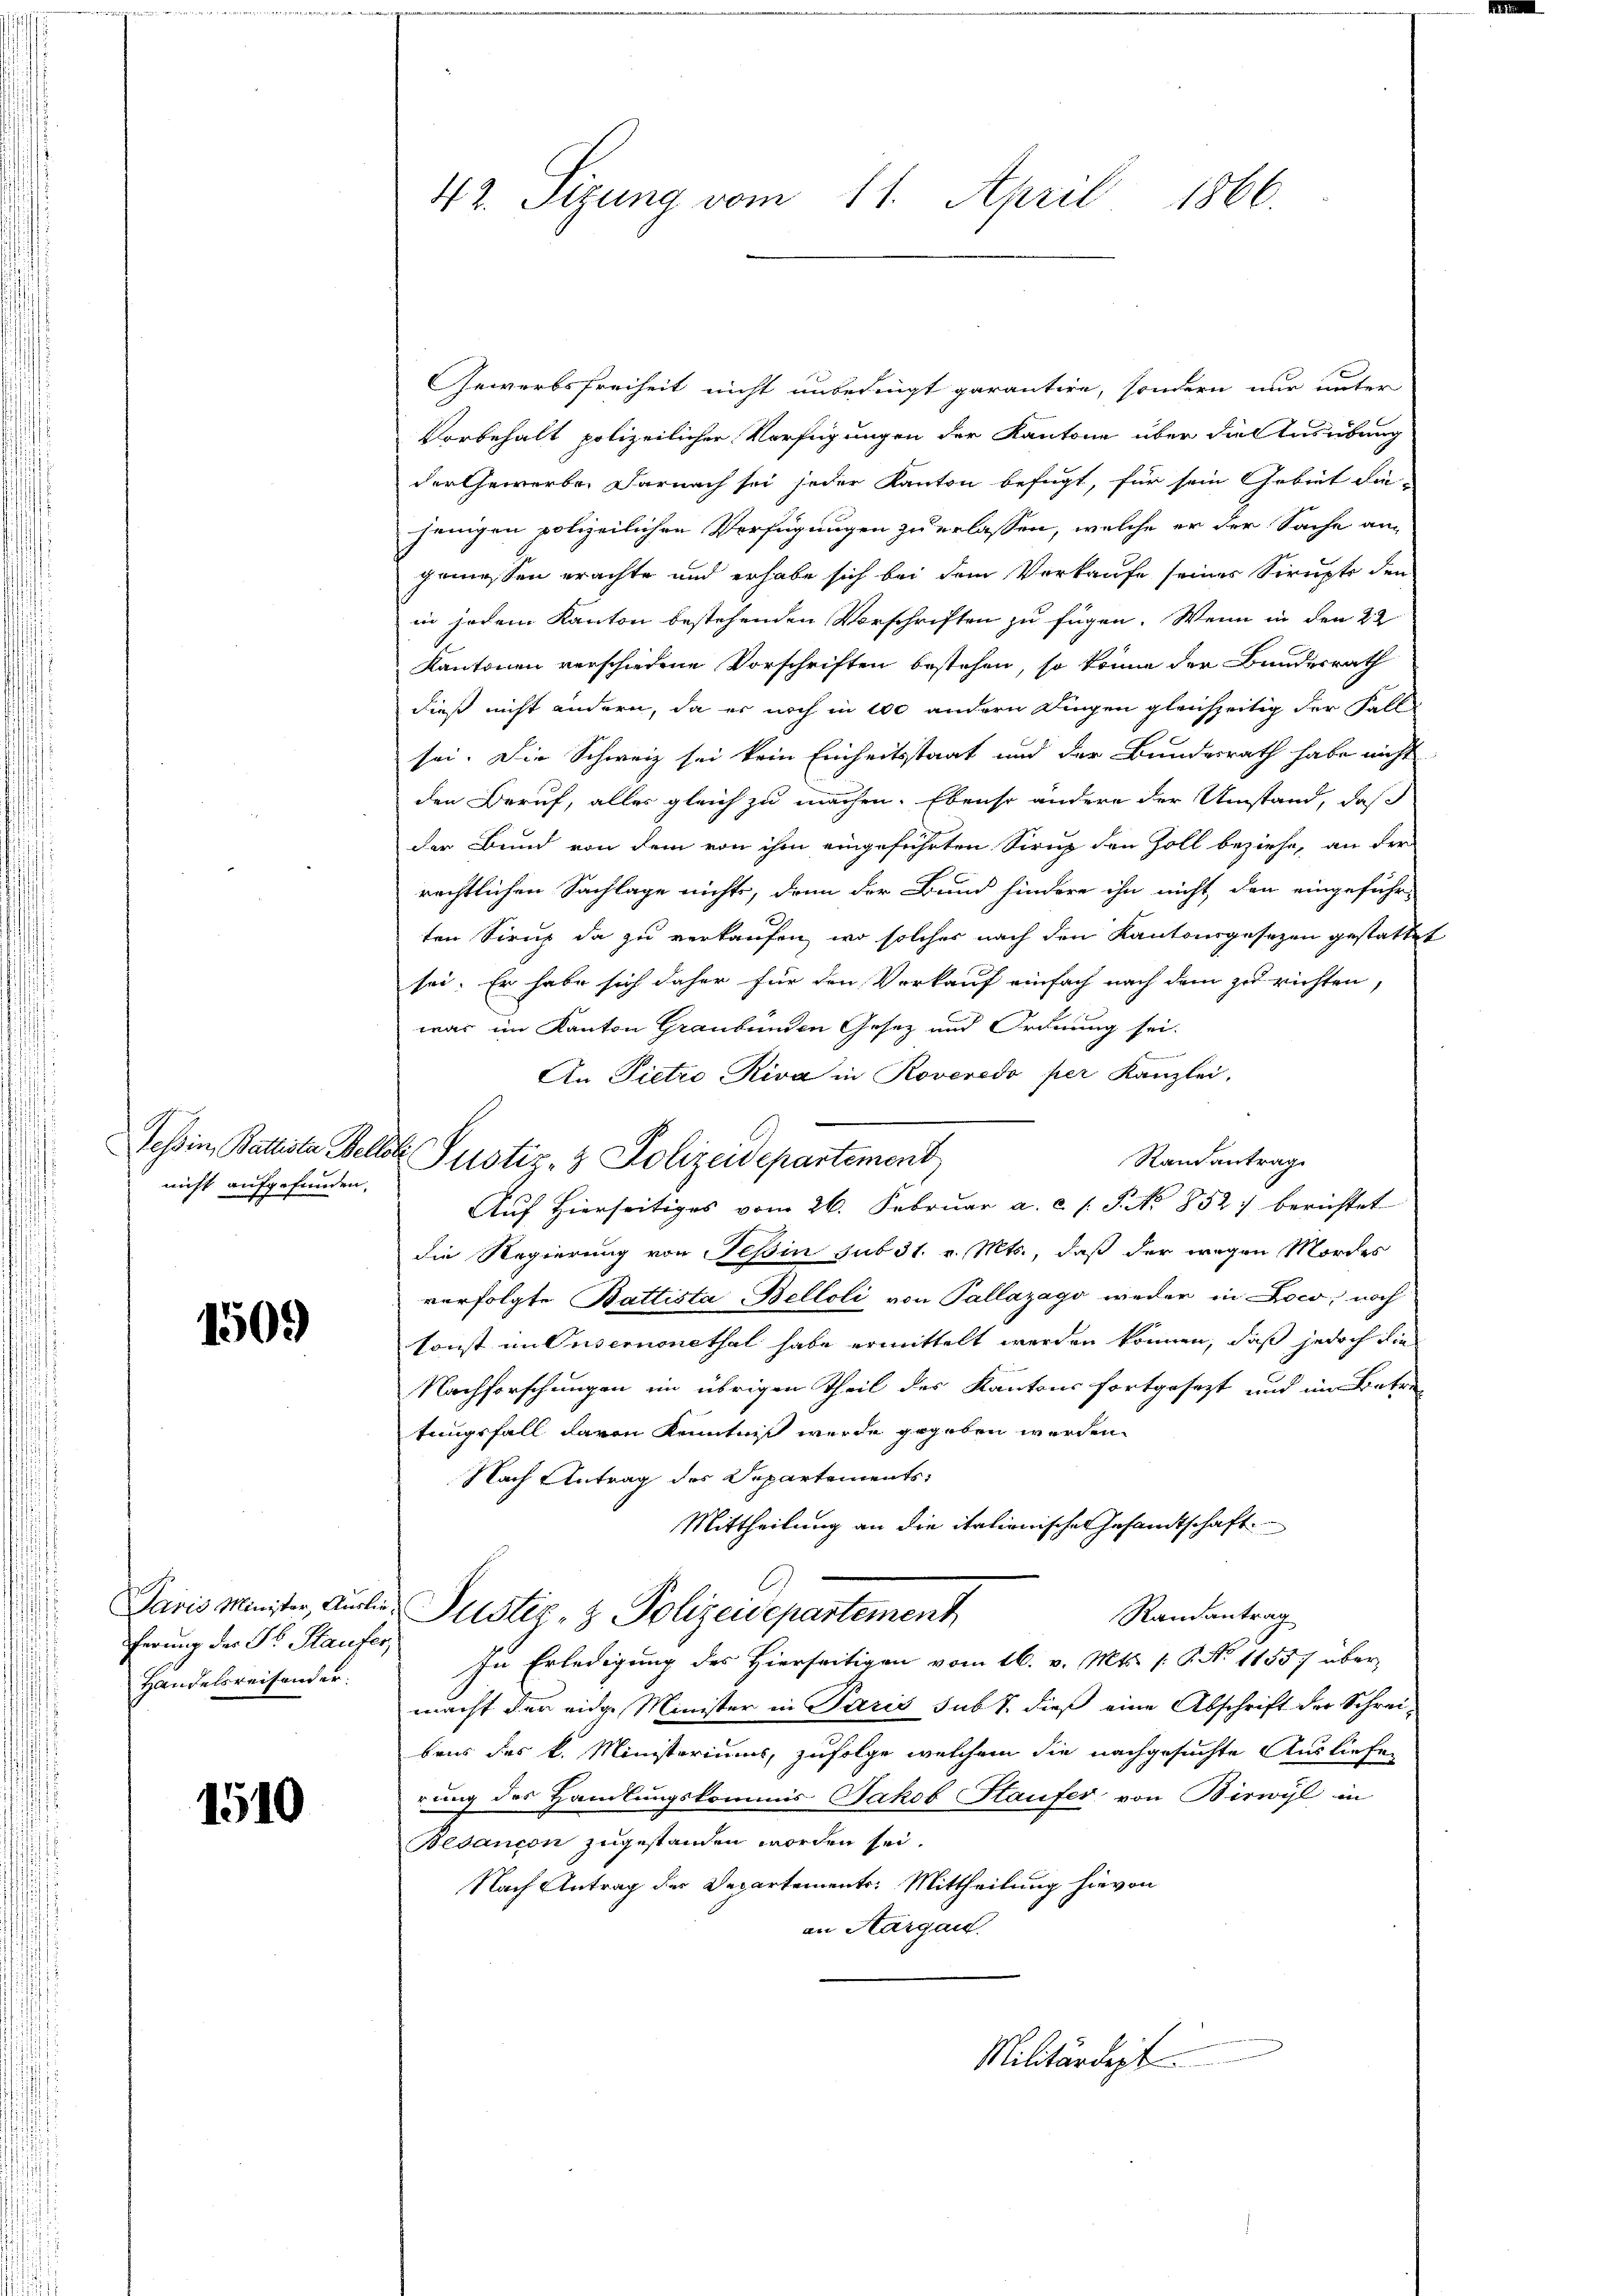
nicht aufgefunden.

1509)

ferung der Dr. Staufer,
Handelsreisender.

1510

42. Sizung vom 11. April 1866

Tessin, Batista Wellet Pustiz- & Polizeidepartement

Gewerbsfreiheit nicht unbedingt garantire, sondern nur unter
Vorbehalt polizeilicher Verfügungen der Kantone über die Ausübung
der Gewerbe. Darnach sei jeder Kanton befugt, für sein Gebiet die-
jenigen polizeilichen Verfügungen zu erlassen, welche er der Sache an
gemessen erachte und erhabe sich bei dem Verkaufe seines Scrupts den
in jedem Kanton bestehenden Vorschriften zu fügen. Wenn in den 22
Kantonen verschiedene Vorschriften bestehen, so könne der Bundesrath
dieß nicht andern, da er noch in 200 andern Dingen gleichzeitig der Fall
sei. Die Schweiz sei kein Einheitsstaat und der Bundesrath habe nicht
den Beruf, alles gleich zu machen. Ebenso andere der Umstand, daß
der Bund von dem von ihm eingeführten Sirup den Zoll beziehe, an der
rechtlichen Sachlage nichts, denn der Bund hindere ihn nicht, den eingeführ-
ten Sirup da zu verkaufen, wo solcher nach den Kantonsgesetzen gestattet
sei. Er habe sich daher für den Vorkauf einfach nach dem zu richten,
war im Kanton Graubünden Gesez und Ordnung sei.
An Pietro Riva in Roveredo per Kanzlei.
Randantrag
Auf Hierseitiges vom 26. Februar a. c. s. S. No 852) berichtet
die Regierung von Teßin sub 31. v. Mts., daß der wegen Mordes
verfolgte Battista, Belloli von Pallazago weder in Loco, noch
Sonst im Tusemnonethal habe ermittelt werden können, daß jedoch die
Nachforschungen im übrigen Theil des Kantons fortgesezt und im Betretungsfall davon Kenntniß wurde gegeben werden.
Nach Antrag des Departements:
Mittheilung an die italienischen Gesamtschaft
Paris Minister, Anilie Justiz- & Polizeidepartement
Randantrag
In Erledigung des Hierseitigen vom 16. v. Mts. (: P. Nr. 1155) über
macht der eider Minister in Paris sub 1. dieß eine Abschrift der Schreibens des k. Ministeriums, zufolge welchem die nachgesuchte Ausliefe
rung des Handlungskommis Jakob Haufer von Birwyl in
Bevancon zugestanden worden sei.
Nach Antrag der Departements. Mittheilung hievon
an Aargau.

Militärdigt